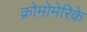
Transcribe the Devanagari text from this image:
क्रोमोमेरिके